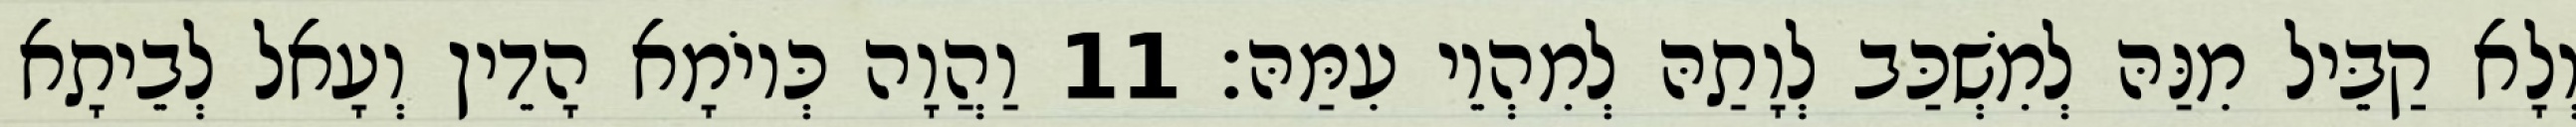
וְלָא קַבֵּיל מִנַּהּ לְמִשְׁכַּב לְוָתַהּ לְמִהְוֵי עִמַּהּ׃ 11 וַהֲוָה כְּיוֹמָא הָדֵין וְעָאל לְבֵיתָא